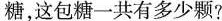
糖，这包糖-共有多少颗?